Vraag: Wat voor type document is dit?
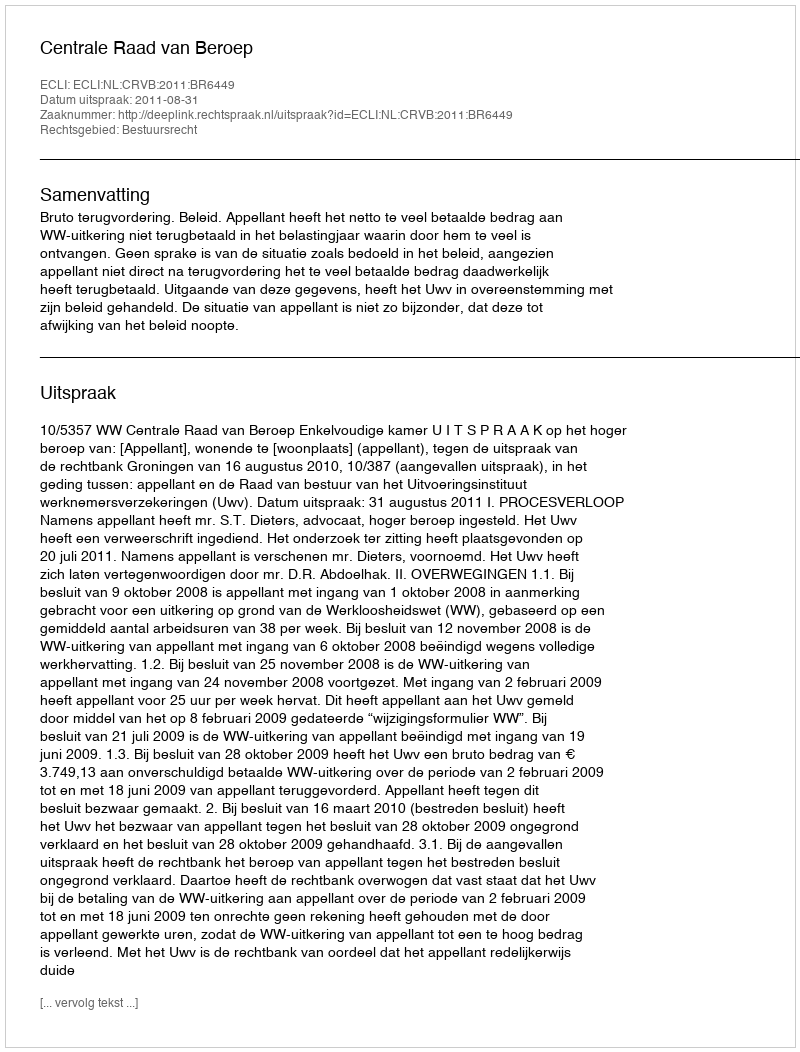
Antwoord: Uitspraak